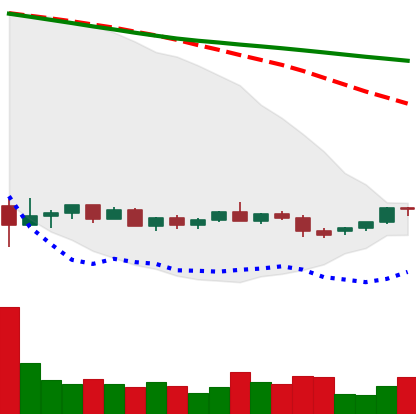
Ticker: EOS-USD
Chart end date: 2022-05-31
Forward return: -7.815%
Label: down_7plus